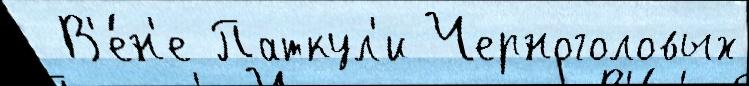
 В'е́н'е Паткул'и Черноголовых